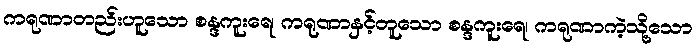
ကရုဏာတည်းဟူသော စန္ဒကူးရေ၊ ကရုဏာနှင့်တူသော စန္ဒကူးရေ၊ ကရုဏာကဲ့သို့သော